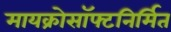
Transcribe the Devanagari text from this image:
मायक्रोसॉफ्टनिर्मित